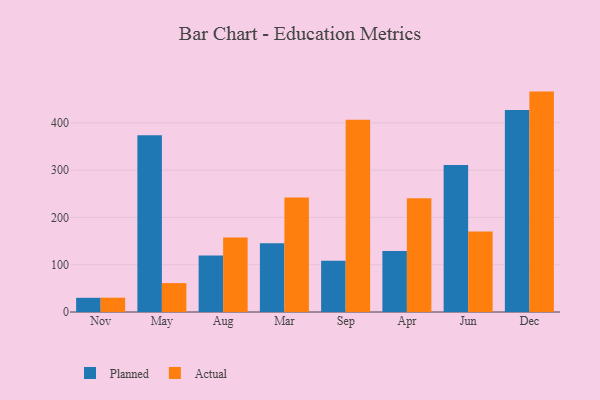
{"axis": {"x": "Month", "y": "Conversion Rate (%)"}, "legend": ["Actual", "Planned"], "data": [{"x": "Nov", "y": 30.0, "type": "Planned"}, {"x": "Nov", "y": 30.3, "type": "Actual"}, {"x": "May", "y": 373.7, "type": "Planned"}, {"x": "May", "y": 61.1, "type": "Actual"}, {"x": "Aug", "y": 119.5, "type": "Planned"}, {"x": "Aug", "y": 157.3, "type": "Actual"}, {"x": "Mar", "y": 145.2, "type": "Planned"}, {"x": "Mar", "y": 241.9, "type": "Actual"}, {"x": "Sep", "y": 108.5, "type": "Planned"}, {"x": "Sep", "y": 406.4, "type": "Actual"}, {"x": "Apr", "y": 129.1, "type": "Planned"}, {"x": "Apr", "y": 240.3, "type": "Actual"}, {"x": "Jun", "y": 310.8, "type": "Planned"}, {"x": "Jun", "y": 170.0, "type": "Actual"}, {"x": "Dec", "y": 427.0, "type": "Planned"}, {"x": "Dec", "y": 466.0, "type": "Actual"}]}